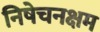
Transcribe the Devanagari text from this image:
निषेचनक्षम